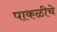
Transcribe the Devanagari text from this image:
पाकळीचे